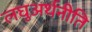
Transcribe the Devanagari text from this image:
लघुअर्थनीति